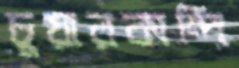
চুয়ারকান্দি